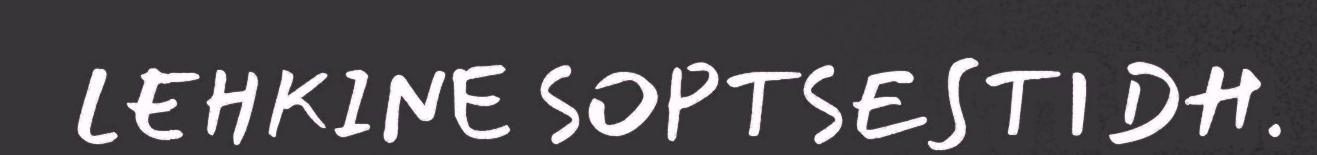
LEHKINE SOPTSESTIDH.